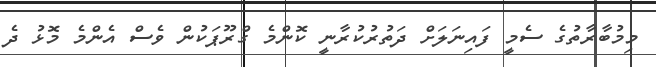
މިމުބާރާތުގެ ސެމީ ފައިނަލަށް ދަތުރުކުރާނީ ކޮންމެ ގްރޫޕަކުން ވެސް އެންމެ މޮޅު ދެ